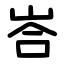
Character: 峇